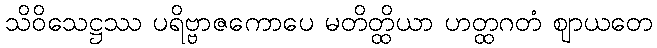
သိဝိသေဋ္ဌဿ ပရိဗ္ဗာဇကောပေ မတိတ္ထိယာ ဟတ္ထဂတံ ဈာယတေ